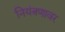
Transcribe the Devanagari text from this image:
नियंत्रणावर